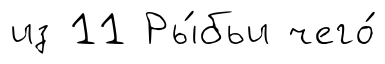
из 11 Ры́бьи чего́